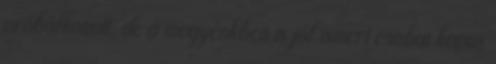
próbálkozott, de a megyénkben is jól ismert csabai kapus